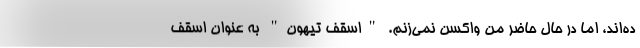
ده‌اند، اما در حال حاضر من واکسن نمی‌زنم. "اسقف تیهون" به عنوان اسقف